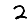
Digit: 2